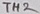
Text: TH2